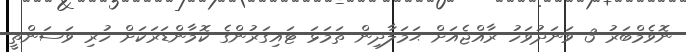
ނޮވެމްބަރު 3 ވަނަދުވަހު ރާއްޖެއަށް ޙަމަލާދިން ތަމަޅަ ޓައިގަރުންގެ ކޮމާންޑަރަކަށް ހުރި ވަސަންތީ